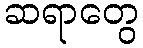
ဆရာတွေ